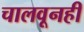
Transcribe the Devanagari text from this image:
चालवूनही